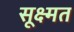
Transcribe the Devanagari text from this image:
सूक्ष्मत